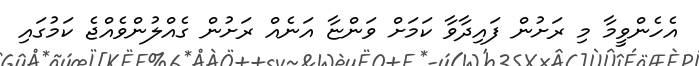
އެހެންވީމާ މި ރަށުން ފައިދާވާ ކަމަށް ވަންޏާ އަނެއް ރަށުން ގެއްލުންވެއްޖެ ކަމުގައި